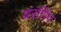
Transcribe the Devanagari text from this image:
चरणिंग